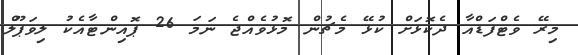
މިރޭ ވެޓްފަޑްއާ ދެކޮޅަށް ކުޅޭ މެޗުން މޮޅުވެއްޖެ ނަމަ 26 ޕޮއިންޓާއެކު ލިވަޕޫލް